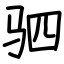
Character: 驷